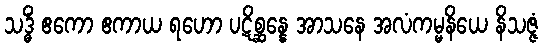
သဒ္ဓိံ ဧကော ဧကာယ ရဟော ပဋိစ္ဆန္နေ အာသနေ အလံကမ္မနိယေ နိသဇ္ဇံ